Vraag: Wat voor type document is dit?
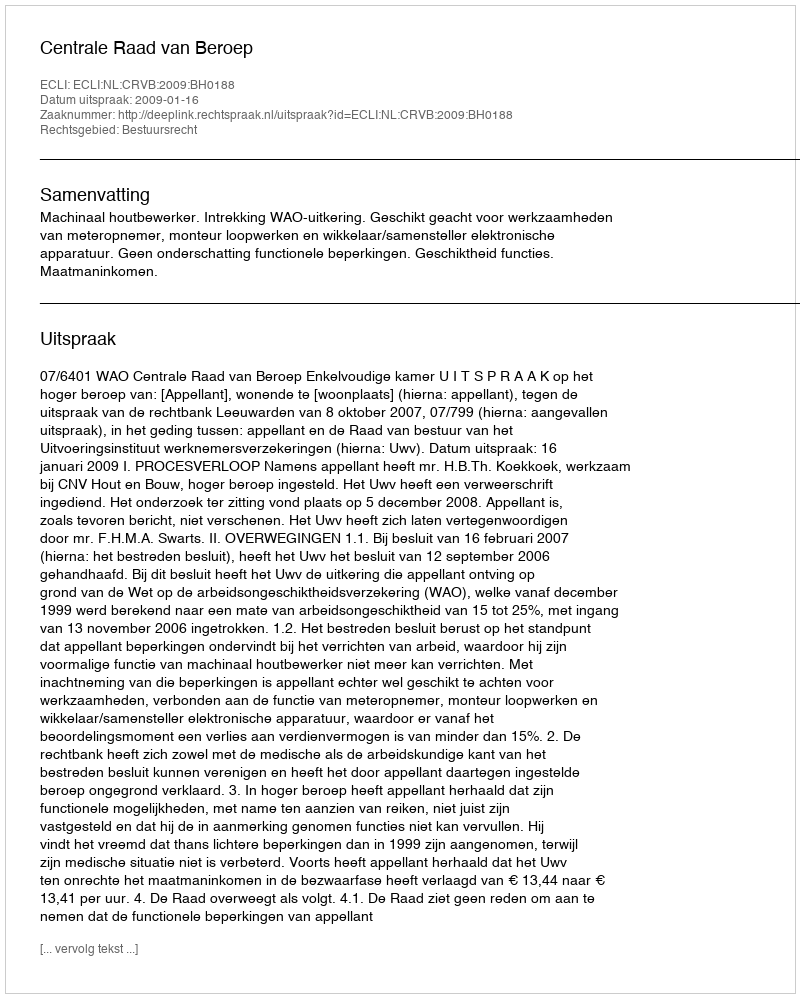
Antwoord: Uitspraak